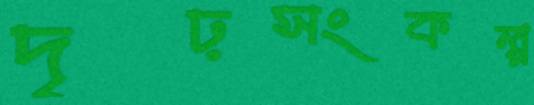
দৃঢ়সংকল্প